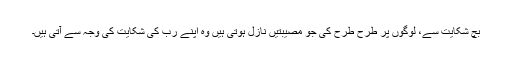
بچ شکایت سے، لوگوں پر طرح طرح کی جو مصیبتیں نازل ہوتی ہیں وہ اپنے ربّ کی شکایت کی وجہ سے آتی ہیں۔